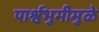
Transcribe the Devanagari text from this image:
पार्श्वभुमीमुळे